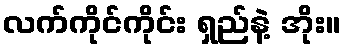
လက်ကိုင်ကိုင်း ရှည်နဲ့ အိုး။